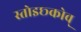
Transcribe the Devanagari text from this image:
स्तोइछ्कोव्